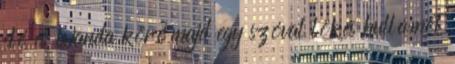
elé és Wanda köré majd egy szóval lökés hullámot